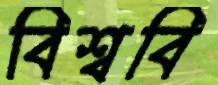
বিশ্ববি